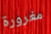
مغرورة